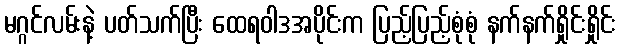
မဂ္ဂင်လမ်းနဲ့ ပတ်သက်ပြီး ထေရဝါဒအပိုင်းက ပြည့်ပြည့်စုံစုံ နက်နက်ရှိုင်းရှိုင်း